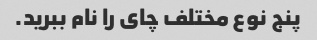
پنج نوع مختلف چای را نام ببرید.